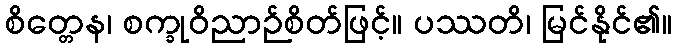
စိတ္တေန၊ စက္ခုဝိညာဉ်စိတ်ဖြင့်။ ပဿတိ၊ မြင်နိုင်၏။